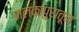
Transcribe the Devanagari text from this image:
मलकापुरातून